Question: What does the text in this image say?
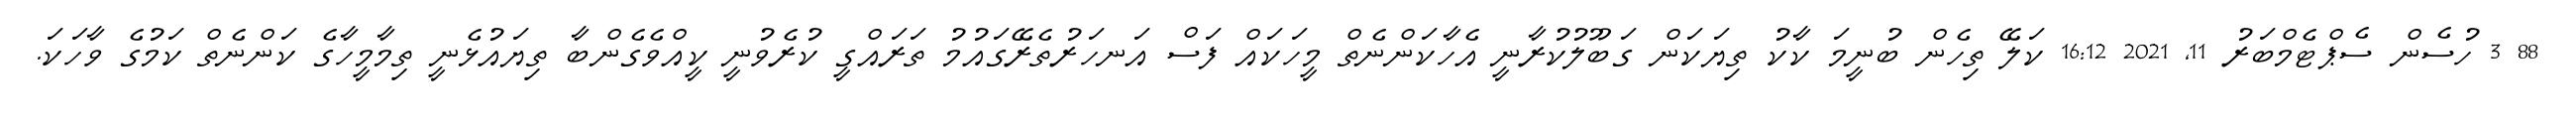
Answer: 88 3 ހުސެން ސެޕްޓެމްބަރު 11, 2021 16:12 ކަލޭ ތިހެން ބުނީމަ ކާކު ތިޔަކަން ގަބޫލުކުރާނީ އެހާކަންނެތް މީހަކައް ފަސް އަނހަރުތެރޭގައުމު ތަރައްގީ ކުރެވުނީ ކީއްވެގެންބާ ތިޔައުޅެނީ ތިމާމީހާގެ ކަންނެތް ކަމުގެ ވާހަކަ.